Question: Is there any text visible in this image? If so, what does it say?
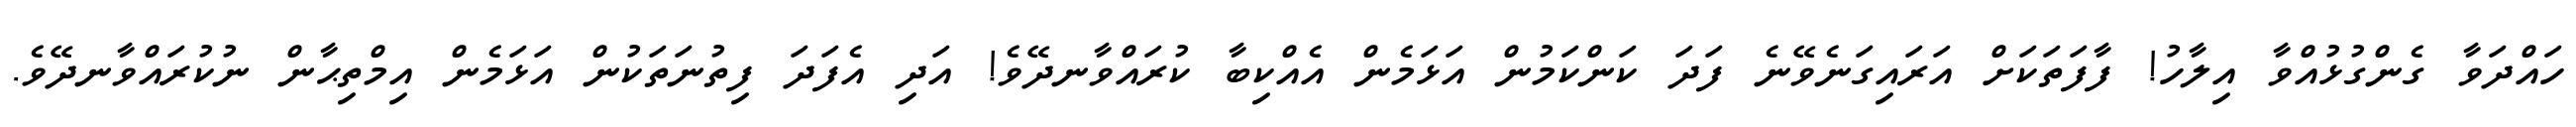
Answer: ހައްދަވާ ގެންގުޅުއްވާ އިލާހު! ފާފަތަކަށް އަރައިގަނެވޭނެ ފަދަ ކަންކަމުން އަޅަމެން އެއްކިބާ ކުރައްވާނދޭވެ! އަދި އެފަދަ ފިތުނަތަކުން އަޅަމެން އިމްތިޙާން ނުކުރައްވާނދޭވެ.